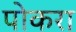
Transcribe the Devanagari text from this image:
पोकरा